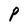
Character: P